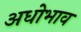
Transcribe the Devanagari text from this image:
अधोभाव